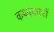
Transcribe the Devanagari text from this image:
कथाकारों